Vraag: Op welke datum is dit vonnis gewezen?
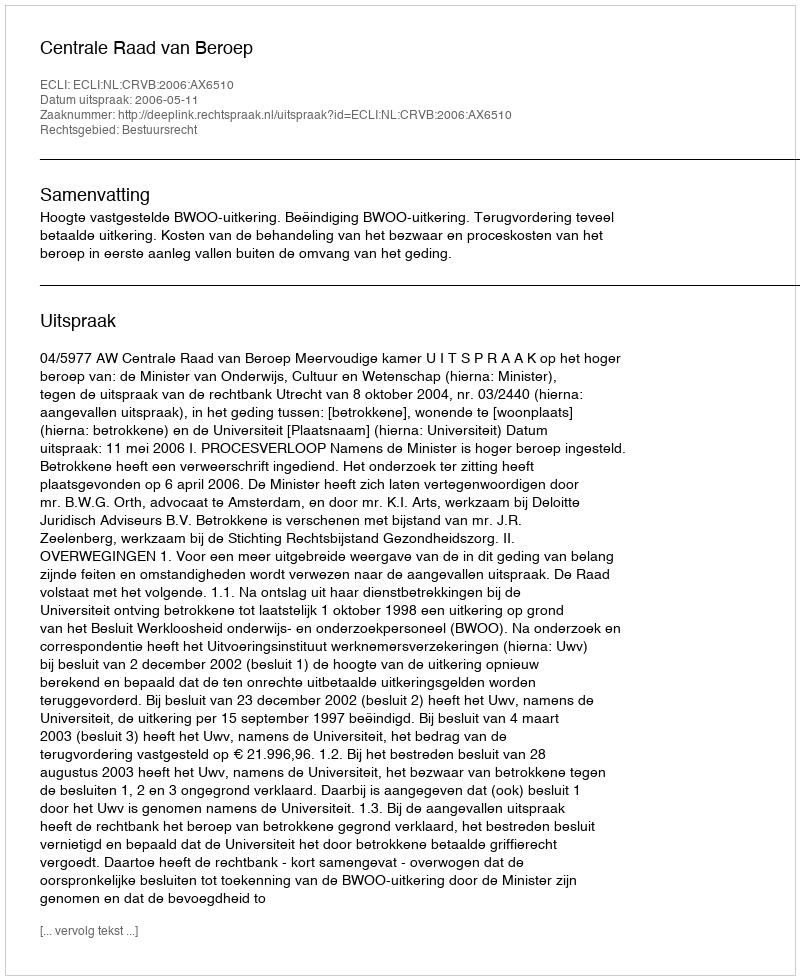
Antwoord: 2006-05-11